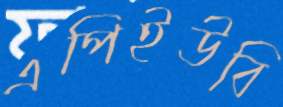
এপিইউবি